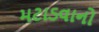
મટાડવાનો